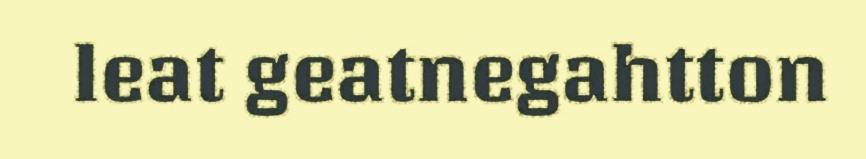
leat geatnegahtton